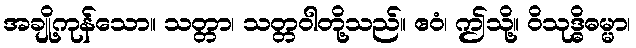
အချို့ကုန်သော။ သတ္တာ၊ သတ္တဝါတို့သည်။ ဧဝံ၊ ဤသို့။ ဝိသုဒ္ဓိဓမ္မာ၊